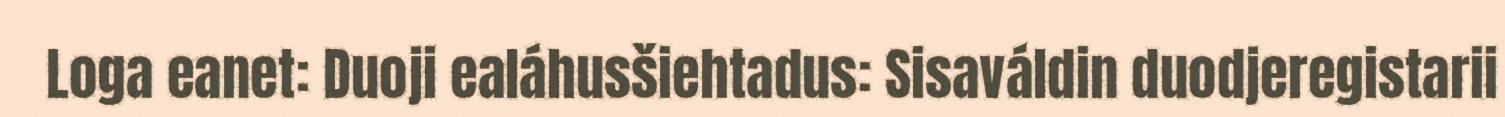
Loga eanet: Duoji ealáhusšiehtadus: Sisaváldin duodjeregistarii